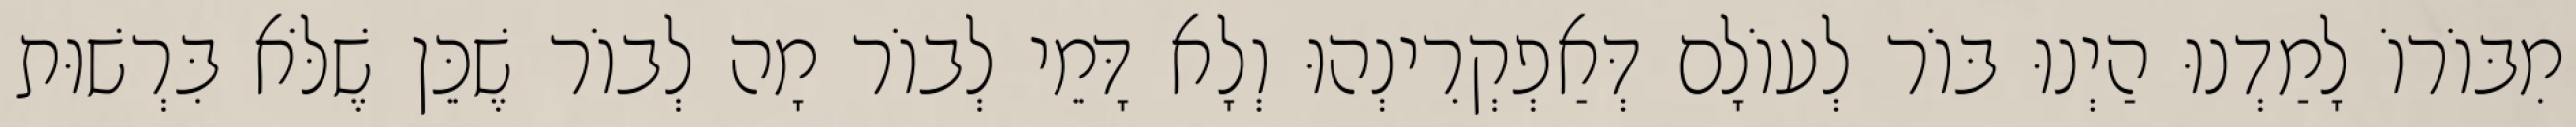
מִבּוֹרוֹ לָמַדְנוּ הַיְנוּ בּוֹר לְעוֹלָם דְּאַפְקְרִינְהוּ וְלָא דָּמֵי לְבוֹר מָה לְבוֹר שֶׁכֵּן שֶׁלֹּא בִּרְשׁוּת